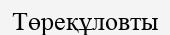
Төреқұловты